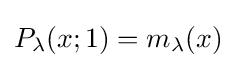
P_{\lambda }(x;1)=m_{\lambda }(x)